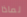
لماذا